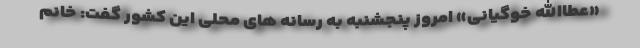
«عطاالله خوگیانی» امروز پنجشنبه به رسانه های محلی این کشور گفت: خانم